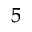
^ 5